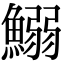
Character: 鰯